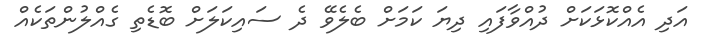
އަދި އެއްކޮޅަކަށް ދުއްވާފައި ދިޔަ ކަމަށް ބެލެވޭ ދެ ސައިކަލަށް ބޮޑެތި ގެއްލުންތަކެއް